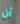
أن